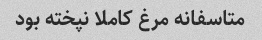
متاسفانه مرغ کاملا نپخته بود